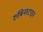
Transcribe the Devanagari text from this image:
रुबिनस्टाइन